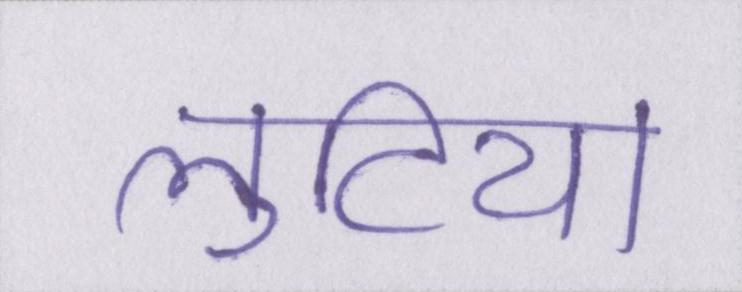
लुटिया